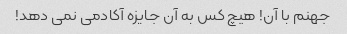
جهنم با آن! هیچ کس به آن جایزه آکادمی نمی دهد!